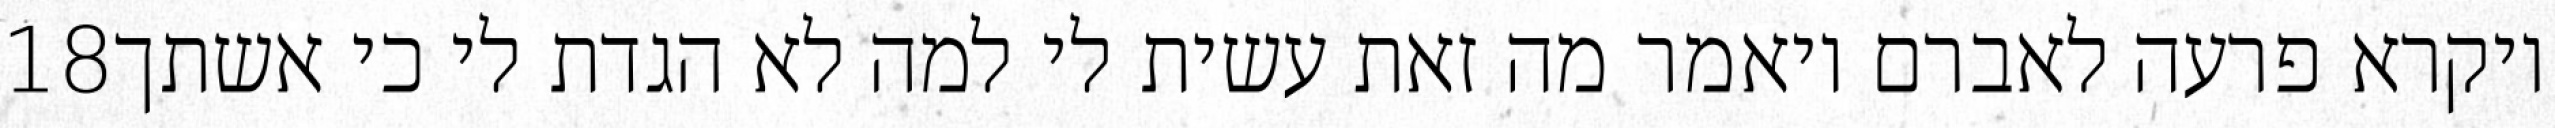
‎18‏ ויקרא פרעה לאברם ויאמר מה זאת עשית לי למה לא הגדת לי כי אשתך